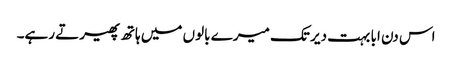
اس دن ابا بہت دیر تک میرے بالوں میں ہاتھ پھیرتے رہے۔